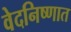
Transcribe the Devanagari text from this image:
वेदनिष्णात